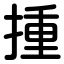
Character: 揰